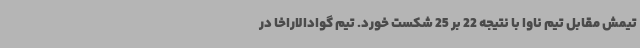
تیمش مقابل تیم ناوا با نتیجه 22 بر 25 شکست خورد. تیم گوادالاراخا در